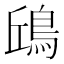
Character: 𩿨